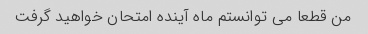
من قطعا می توانستم ماه آینده امتحان خواهید گرفت